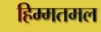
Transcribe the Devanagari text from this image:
हिम्मतमल